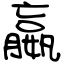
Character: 嬴